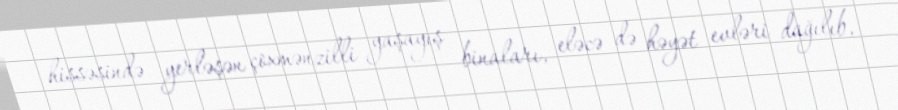
hissəsində yerləşən çoxmənzilli yaşayış binaları, eləcə də həyət evləri dağılıb,